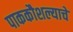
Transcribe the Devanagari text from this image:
पाककौशल्याचे